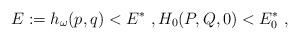
\begin{align*}E:=h_{\omega}(p,q)<E^*\ ,H_0(P,Q,0)<E_0^*\ ,\end{align*}